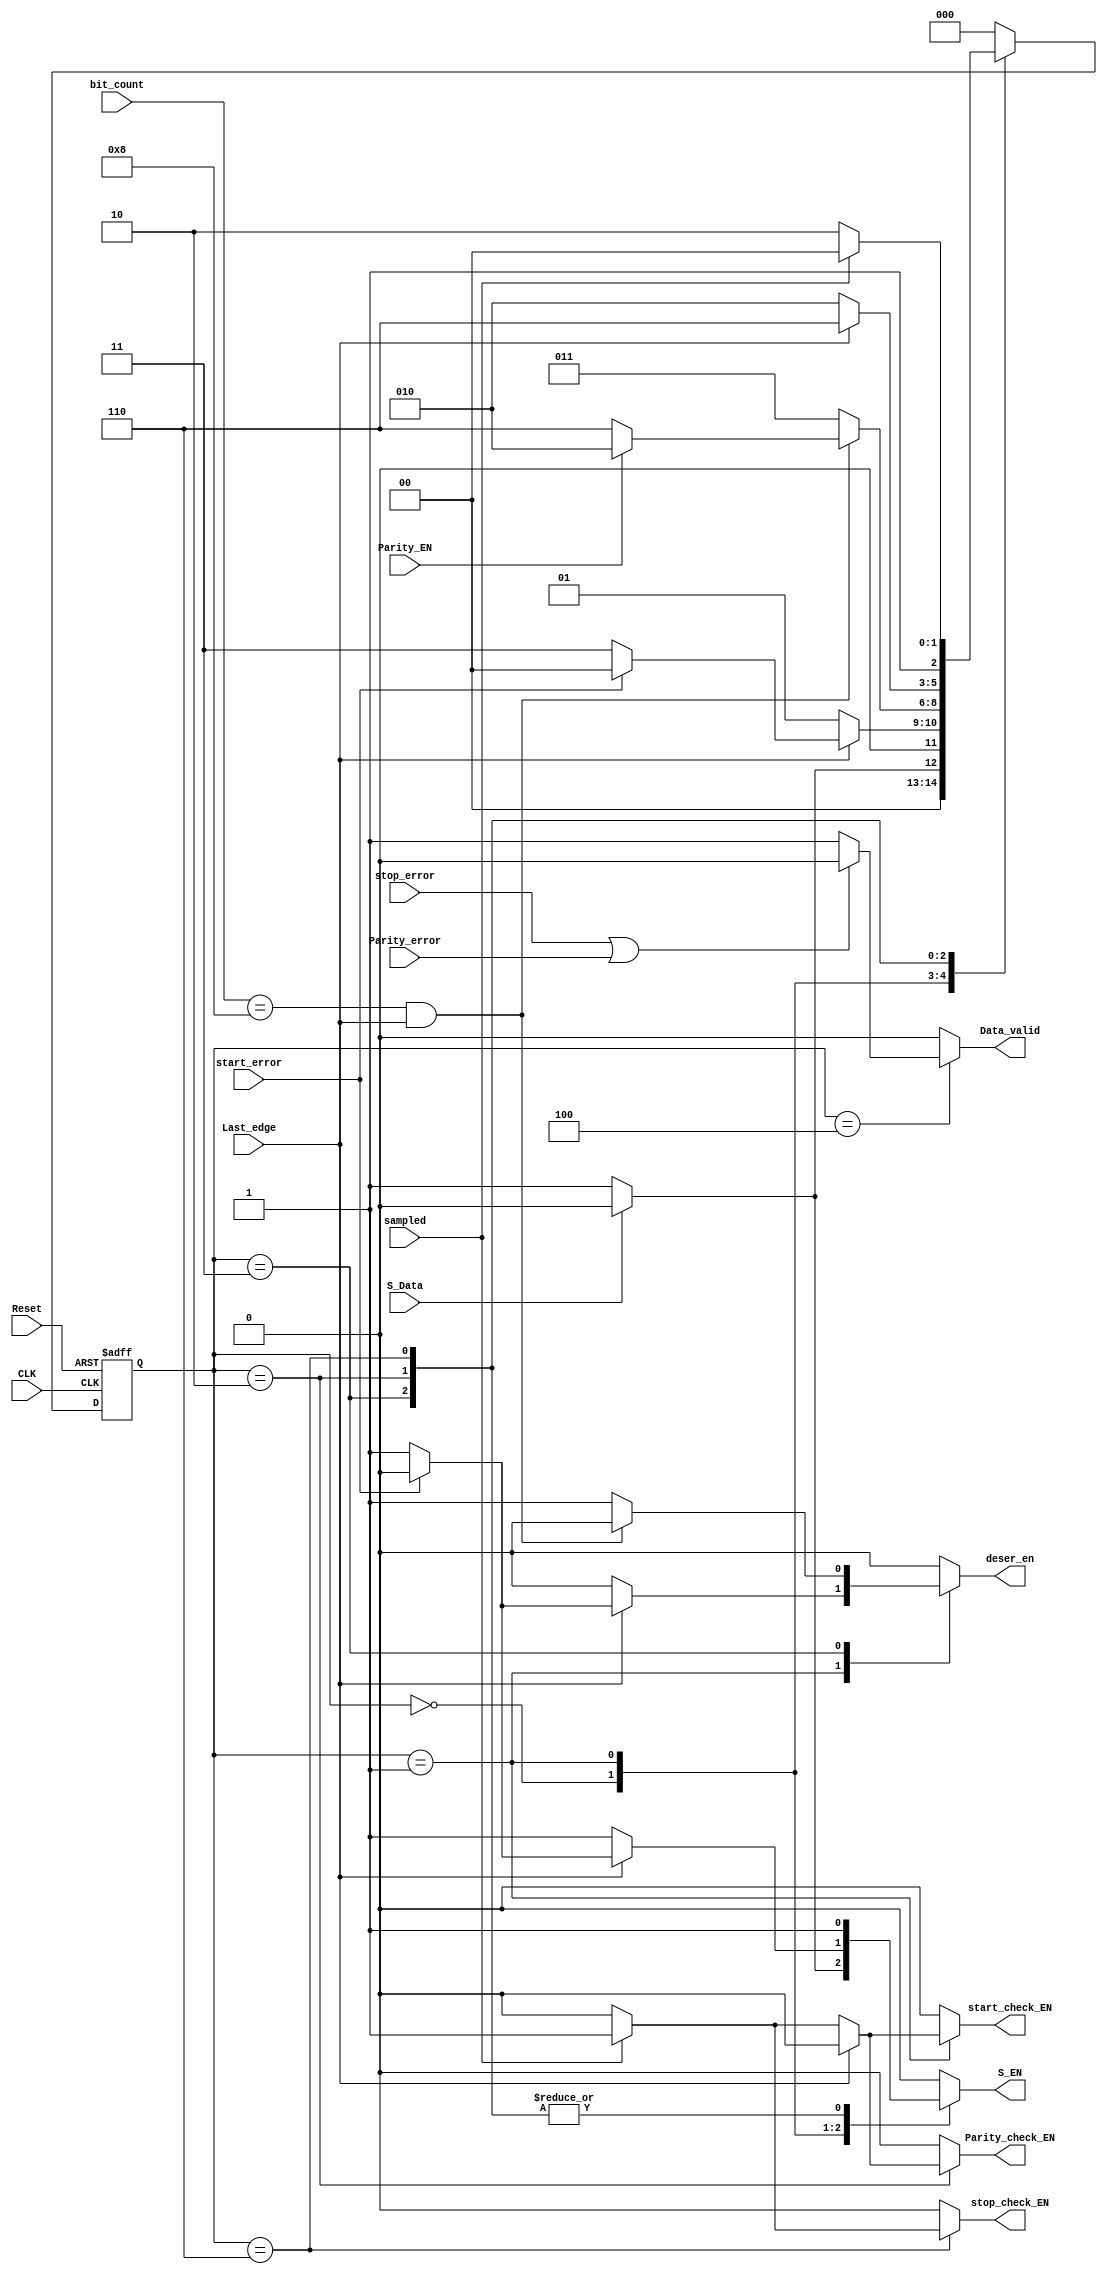
module Rx_control #(parameter width = 8)
(
    // input & output ports
    input  wire                        CLK,
    input  wire                        Reset,
    input  wire                        S_Data,        // serial data receiveda
    input  wire  [$clog2(width+3)-1:0] bit_count,     // number of bits received
    input  wire                        sampled,       // high for one clock cycle when a new bit is sampled
    input  wire                        Parity_EN,
    input  wire                        Parity_error,
    input  wire                        start_error,
    input  wire                        stop_error,
    input  wire                        Last_edge,       // last edge in the bit
    output reg                         Parity_check_EN, //enble signal
    output reg                         start_check_EN,  //enble signal
    output reg                         stop_check_EN,   //enble signal
    output reg                         S_EN,            //enble signal
    output reg                         deser_en,        //enble signal
    output reg                         Data_valid       //high for one clock cycle when the data is received correctly
);

/* this is a finite state machine that has 6 states 
it's default state is the idle state but when the 
serial data to be received gets low to starts receiving*/

localparam Idle         = 3'b000;
localparam Start        = 3'b001;
localparam Receive      = 3'b011; 
localparam Parity       = 3'b010; 
localparam Stop         = 3'b110;
localparam error_check  = 3'b100; // check the Stop bit & parity bit

reg [2:0] next_state;
reg [2:0] curr_state;

/* state transition always*/
always @(posedge CLK, negedge Reset) begin
    if (!Reset) begin
        curr_state <= Idle;
    end
    else begin
        curr_state <= next_state;
    end
end
/* next state & ouput logic*/
always @(*) begin
    
    case (curr_state)

        Idle: begin
            if (!S_Data) begin
                next_state      = Start;
                Parity_check_EN = 0;
                start_check_EN  = 0; 
                stop_check_EN   = 0;
                S_EN            = 1; 
                deser_en        = 0;
                Data_valid      = 0;                
            end
            else begin
                next_state      = Idle;
                Parity_check_EN = 0;
                start_check_EN  = 0; 
                stop_check_EN   = 0;
                S_EN            = 0; 
                deser_en        = 0;
                Data_valid      = 0;
            end
        end

        Start: begin

            if (Last_edge) begin
                if (!start_error) begin
                    next_state      = Receive;
                    Parity_check_EN = 0;
                    stop_check_EN   = 0;
                    start_check_EN  = 0;
                    S_EN            = 1; 
                    deser_en        = 1;
                    Data_valid      = 0;
                end
                else begin
                        next_state      = Idle;
                        Parity_check_EN = 0;
                        start_check_EN  = 0;
                        stop_check_EN   = 0;
                        S_EN            = 0; 
                        deser_en        = 0;
                        Data_valid      = 0;
                    end 
                end
            else begin
                next_state      = Start;
                Parity_check_EN = 0;
                if (sampled) begin
                    start_check_EN  = 1; 
                end
                else begin
                    start_check_EN  = 0; 
                end 
                stop_check_EN   = 0;
                S_EN            = 1; 
                deser_en        = 0;
                Data_valid      = 0; 
            end
        end

        Receive: begin
            if (bit_count == width && Last_edge) begin
                if (Parity_EN) begin
                    next_state      = Parity;
                    Parity_check_EN = 0;
                    start_check_EN  = 0; 
                    stop_check_EN   = 0;  
                    S_EN            = 1; 
                    deser_en        = 0;
                    Data_valid      = 0;
                end
                else begin
                    next_state      = Stop;
                    Parity_check_EN = 0;
                    start_check_EN  = 0; 
                    stop_check_EN   = 0;   
                    S_EN            = 1; 
                    deser_en        = 0;
                    Data_valid      = 0;
                end
            end
            else begin
                next_state      = Receive;
                Parity_check_EN = 0;
                start_check_EN  = 0; 
                stop_check_EN   = 0;
                S_EN            = 1; 
                deser_en        = 1;
                Data_valid      = 0;
            end
        end

        Parity: begin
            
            if (Last_edge) begin
                next_state      = Stop;
                Parity_check_EN = 0;
                start_check_EN  = 0; 
                stop_check_EN   = 0;   
                S_EN            = 1; 
                deser_en        = 0;
                Data_valid      = 0;
            end
            else begin
                next_state      = Parity;
                if (sampled) begin
                    Parity_check_EN  = 1; 
                end
                else begin
                    Parity_check_EN  = 0; 
                end
                start_check_EN  = 0; 
                stop_check_EN   = 0;  
                S_EN            = 1; 
                deser_en        = 0;
                Data_valid      = 0;
            end
        end

        Stop: begin
            if (sampled) begin
                next_state      = error_check;
                Parity_check_EN = 0;
                start_check_EN  = 0; 
                stop_check_EN   = 1;   
                S_EN            = 1; 
                deser_en        = 0;
                Data_valid      = 0;
            end
            else begin
                next_state      = Stop;
                Parity_check_EN = 0;
                start_check_EN  = 0; 
                stop_check_EN   = 0;
                S_EN            = 1; 
                deser_en        = 0;
                Data_valid      = 0;
            end
        end

        error_check: begin
            if (stop_error || Parity_error) begin
                next_state      = Idle;
                Parity_check_EN = 0;
                start_check_EN  = 0; 
                stop_check_EN   = 0;
                S_EN            = 0; 
                deser_en        = 0;
                Data_valid      = 0;
            end
            else begin
                next_state      = Idle;
                Parity_check_EN = 0;
                start_check_EN  = 0; 
                stop_check_EN   = 0;
                S_EN            = 0; 
                deser_en        = 0;
                Data_valid      = 1;
            end
        end

        default: begin
            next_state      = Idle;
            Parity_check_EN = 0;
            start_check_EN  = 0; 
            stop_check_EN   = 0;
            S_EN            = 0; 
            deser_en        = 0;
            Data_valid      = 0;
        end
    endcase
end

endmodule